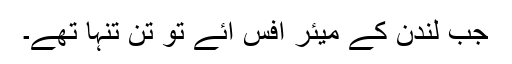
جب لندن کے میئر آفس آئے تو تنِ تنہا تھے۔